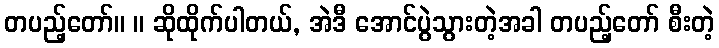
တပည့်တော်။ ။ ဆိုထိုက်ပါတယ်, အဲဒီ အောင်ပွဲသွားတဲ့အခါ တပည့်တော် စီးတဲ့